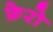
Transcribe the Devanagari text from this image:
फ़ेरो